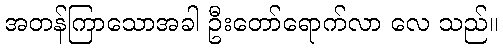
အတန်ကြာသောအခါ ဦးတော်ရောက်လာ လေ သည်။